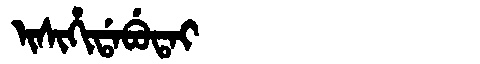
Manchu: ᡳᠰᡳᡥᡳᡩᠠᠪᡠᡨᠠᡳ
Romanization: ISIHIDABUTAI